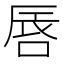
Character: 𠵧